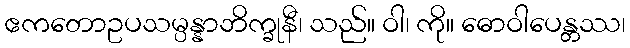
ဧကတောဥပသမ္ပန္နာဘိက္ခုနီ၊ သည်။ ဝါ၊ ကို။ ဓောဝါပေန္တဿ၊